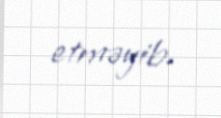
etməyib.